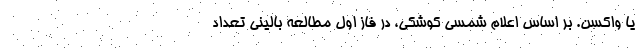
یا واکسن. بر اساس اعلام شمسی کوشکی، در فاز اول مطالعه بالینی تعداد